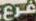
فرع